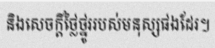
និងសេចក្តីថ្លៃថ្នូររបស់មនុស្សផងដែរ។